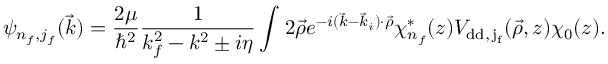
\psi _ { n _ { f } , j _ { f } } ( \vec { k } ) = \frac { 2 \mu } { \hbar ^ { 2 } } \frac { 1 } { k _ { f } ^ { 2 } - k ^ { 2 } \pm i \eta } \int \d ^ { 2 } \vec { \rho } \d z e ^ { - i ( \vec { k } - \vec { k } _ { i } ) \cdot \vec { \rho } } \chi _ { n _ { f } } ^ { * } ( z ) V _ { \mathrm { { d d } , \, j _ { f } } } ( \vec { \rho } , z ) \chi _ { 0 } ( z ) .